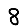
Digit: 8